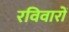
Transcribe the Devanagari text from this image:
रविवारों